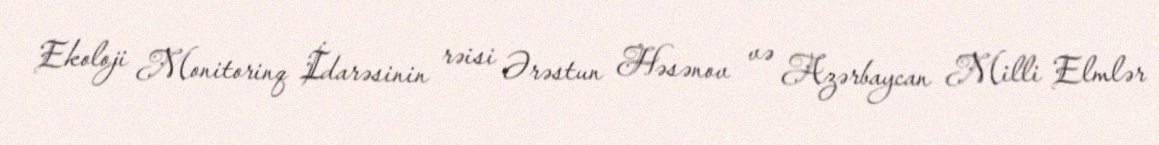
Ekoloji Monitorinq İdarəsinin rəisi Ərəstun Həsənov və Azərbaycan Milli Elmlər